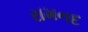
રામનદ